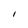
Character: I